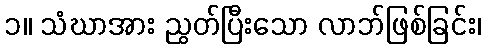
၁။ သံဃာအား ညွတ်ပြီးသော လာဘ်ဖြစ်ခြင်း၊